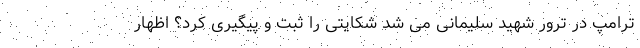
ترامپ در ترور شهید سلیمانی می شد شکایتی را ثبت و پیگیری کرد؟ اظهار